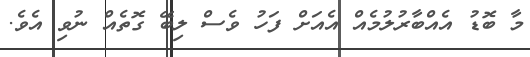
މާ ބޮޑު އެއްބާރުލުމެއް އެއަށް ފަހު ވެސް ލިބޭ ގޮތެއް ނުވި އެވެ.